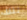
تلك